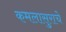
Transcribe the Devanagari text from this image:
कमलासुराचे